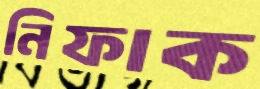
নিফাক